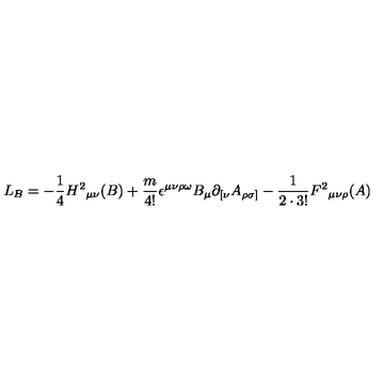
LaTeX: L _ { B } = - { \frac { 1 } { 4 } } H ^ { 2 } { } _ { \mu \nu } ( B ) + { \frac { m } { 4 ! } } \epsilon ^ { \mu \nu \rho \omega } B _ { \mu } \partial _ { [ \nu } A _ { \rho \sigma ] } - { \frac { 1 } { 2 \cdot 3 ! } } F ^ { 2 } { } _ { \mu \nu \rho } ( A )